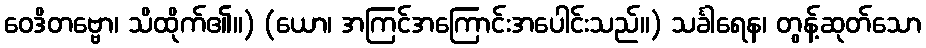
ဝေဒိတဗ္ဗော၊ သိထိုက်၏။) (ယော၊ အကြင်အကြောင်းအပေါင်းသည်။) သင်္ခါရေန၊ တွန့်ဆုတ်သော